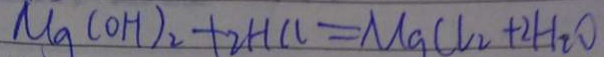
M g ( O H ) _ { 2 } + 2 H C l = M g C l _ { 2 } + 2 H _ { 2 } O